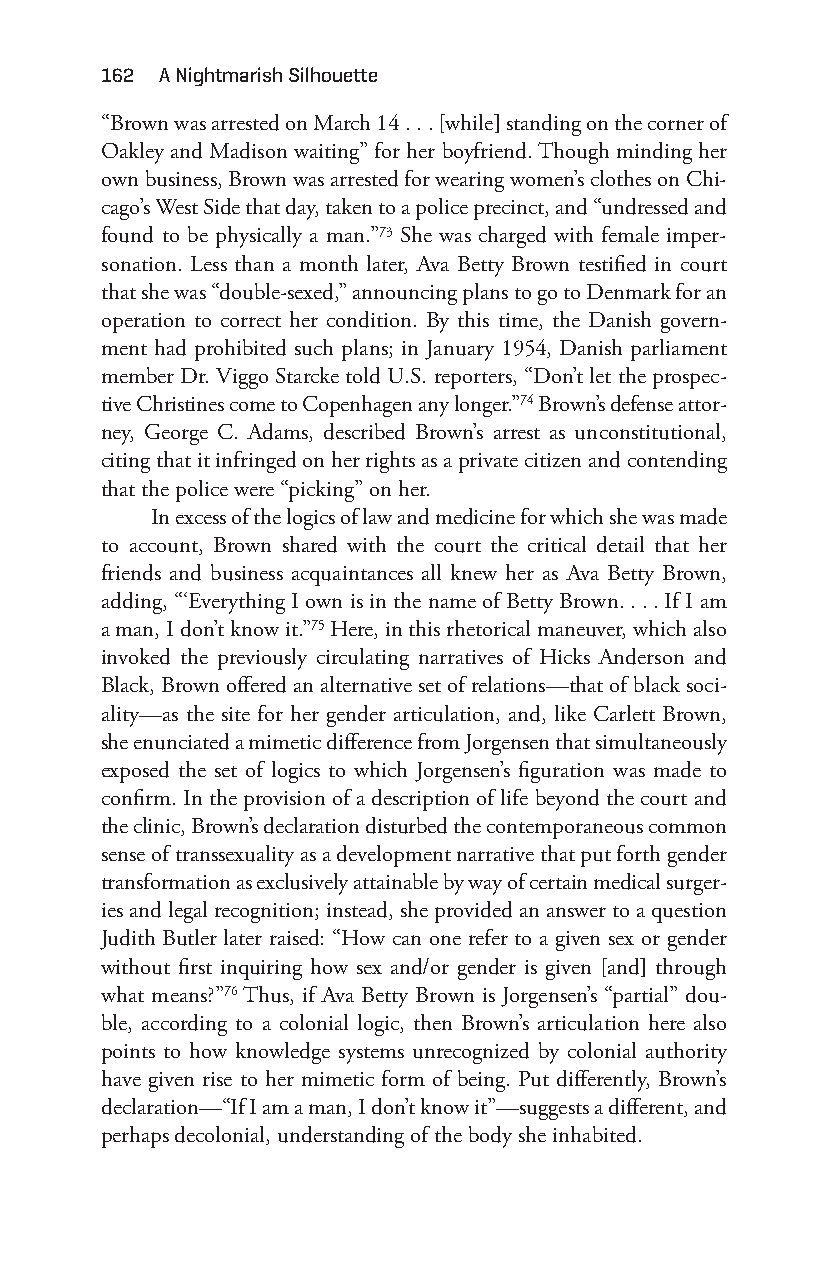
162 a nightmarish Silhouette
 “Brown was arrested on March 14 . . . [while] standing on the corner of
 Oakley and Madison waiting” for her boyfriend. Though minding her
 own business, Brown was arrested for wearing women’s clothes on Chi-
 cago’s West Side that day, taken to a police precinct, and “undressed and
 found to be physically a man.”73 She was charged with female imper-
 sonation. Less than a month later, Ava Betty Brown testified in court
 that she was “double-s exed,” announcing plans to go to Denmark for an
 operation to correct her condition. By this time, the Danish govern-
 ment had prohibited such plans; in January 1954, Danish parliament
 member Dr. Viggo Starcke told U.S. reporters, “Don’t let the prospec-
 tive Christines come to Copenhagen any longer.”74 Brown’s defense attor-
 ney, George C. Adams, described Brown’s arrest as unconstitutional,
 citing that it infringed on her rights as a private citizen and contending
 that the police were “picking” on her.
 In excess of the logics of law and medicine for which she was made
 to account, Brown shared with the court the critical detail that her
 friends and business acquaintances all knew her as Ava Betty Brown,
 adding, “‘Everything I own is in the name of Betty Brown. . . . If I am
 a man, I don’t know it.”75 Here, in this rhetorical maneuver, which also
 invoked the previously circulating narratives of Hicks Anderson and
 Black, Brown offered an alternative set of relations— that of black soci-
 ality— as the site for her gender articulation, and, like Carlett Brown,
 she enunciated a mimetic difference from Jorgensen that simultaneously
 exposed the set of logics to which Jorgensen’s figuration was made to
 confirm. In the provision of a description of life beyond the court and
 the clinic, Brown’s declaration disturbed the contemporaneous common
 sense of transsexuality as a development narrative that put forth gender
 transformation as exclusively attainable by way of certain medical surger-
 ies and legal recognition; instead, she provided an answer to a question
 Judith Butler later raised: “How can one refer to a given sex or gender
 without first inquiring how sex and/or gender is given [and] through
 what means?”76 Thus, if Ava Betty Brown is Jorgensen’s “partial” dou-
 ble, according to a colonial logic, then Brown’s articulation here also
 points to how knowledge systems unrecognized by colonial authority
 have given rise to her mimetic form of being. Put differently, Brown’s
 declaration— “If I am a man, I don’t know it”— suggests a different, and
 perhaps decolonial, understanding of the body she inhabited.
 Snorton.indd 162                            29/09/2017 8:41:07 AM